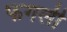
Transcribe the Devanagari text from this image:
फगली